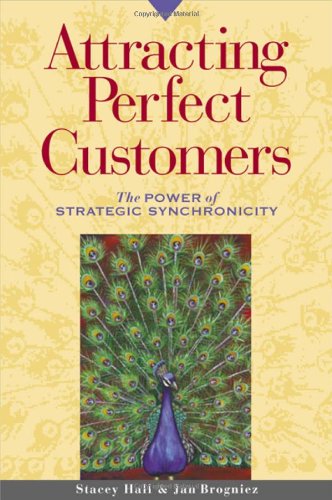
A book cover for Attracting Perfect Customers: The Power of Strategic Synchronicity; Stacey Hall; Business & Money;